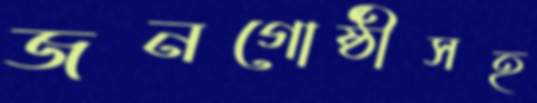
জনগোষ্ঠীসহ